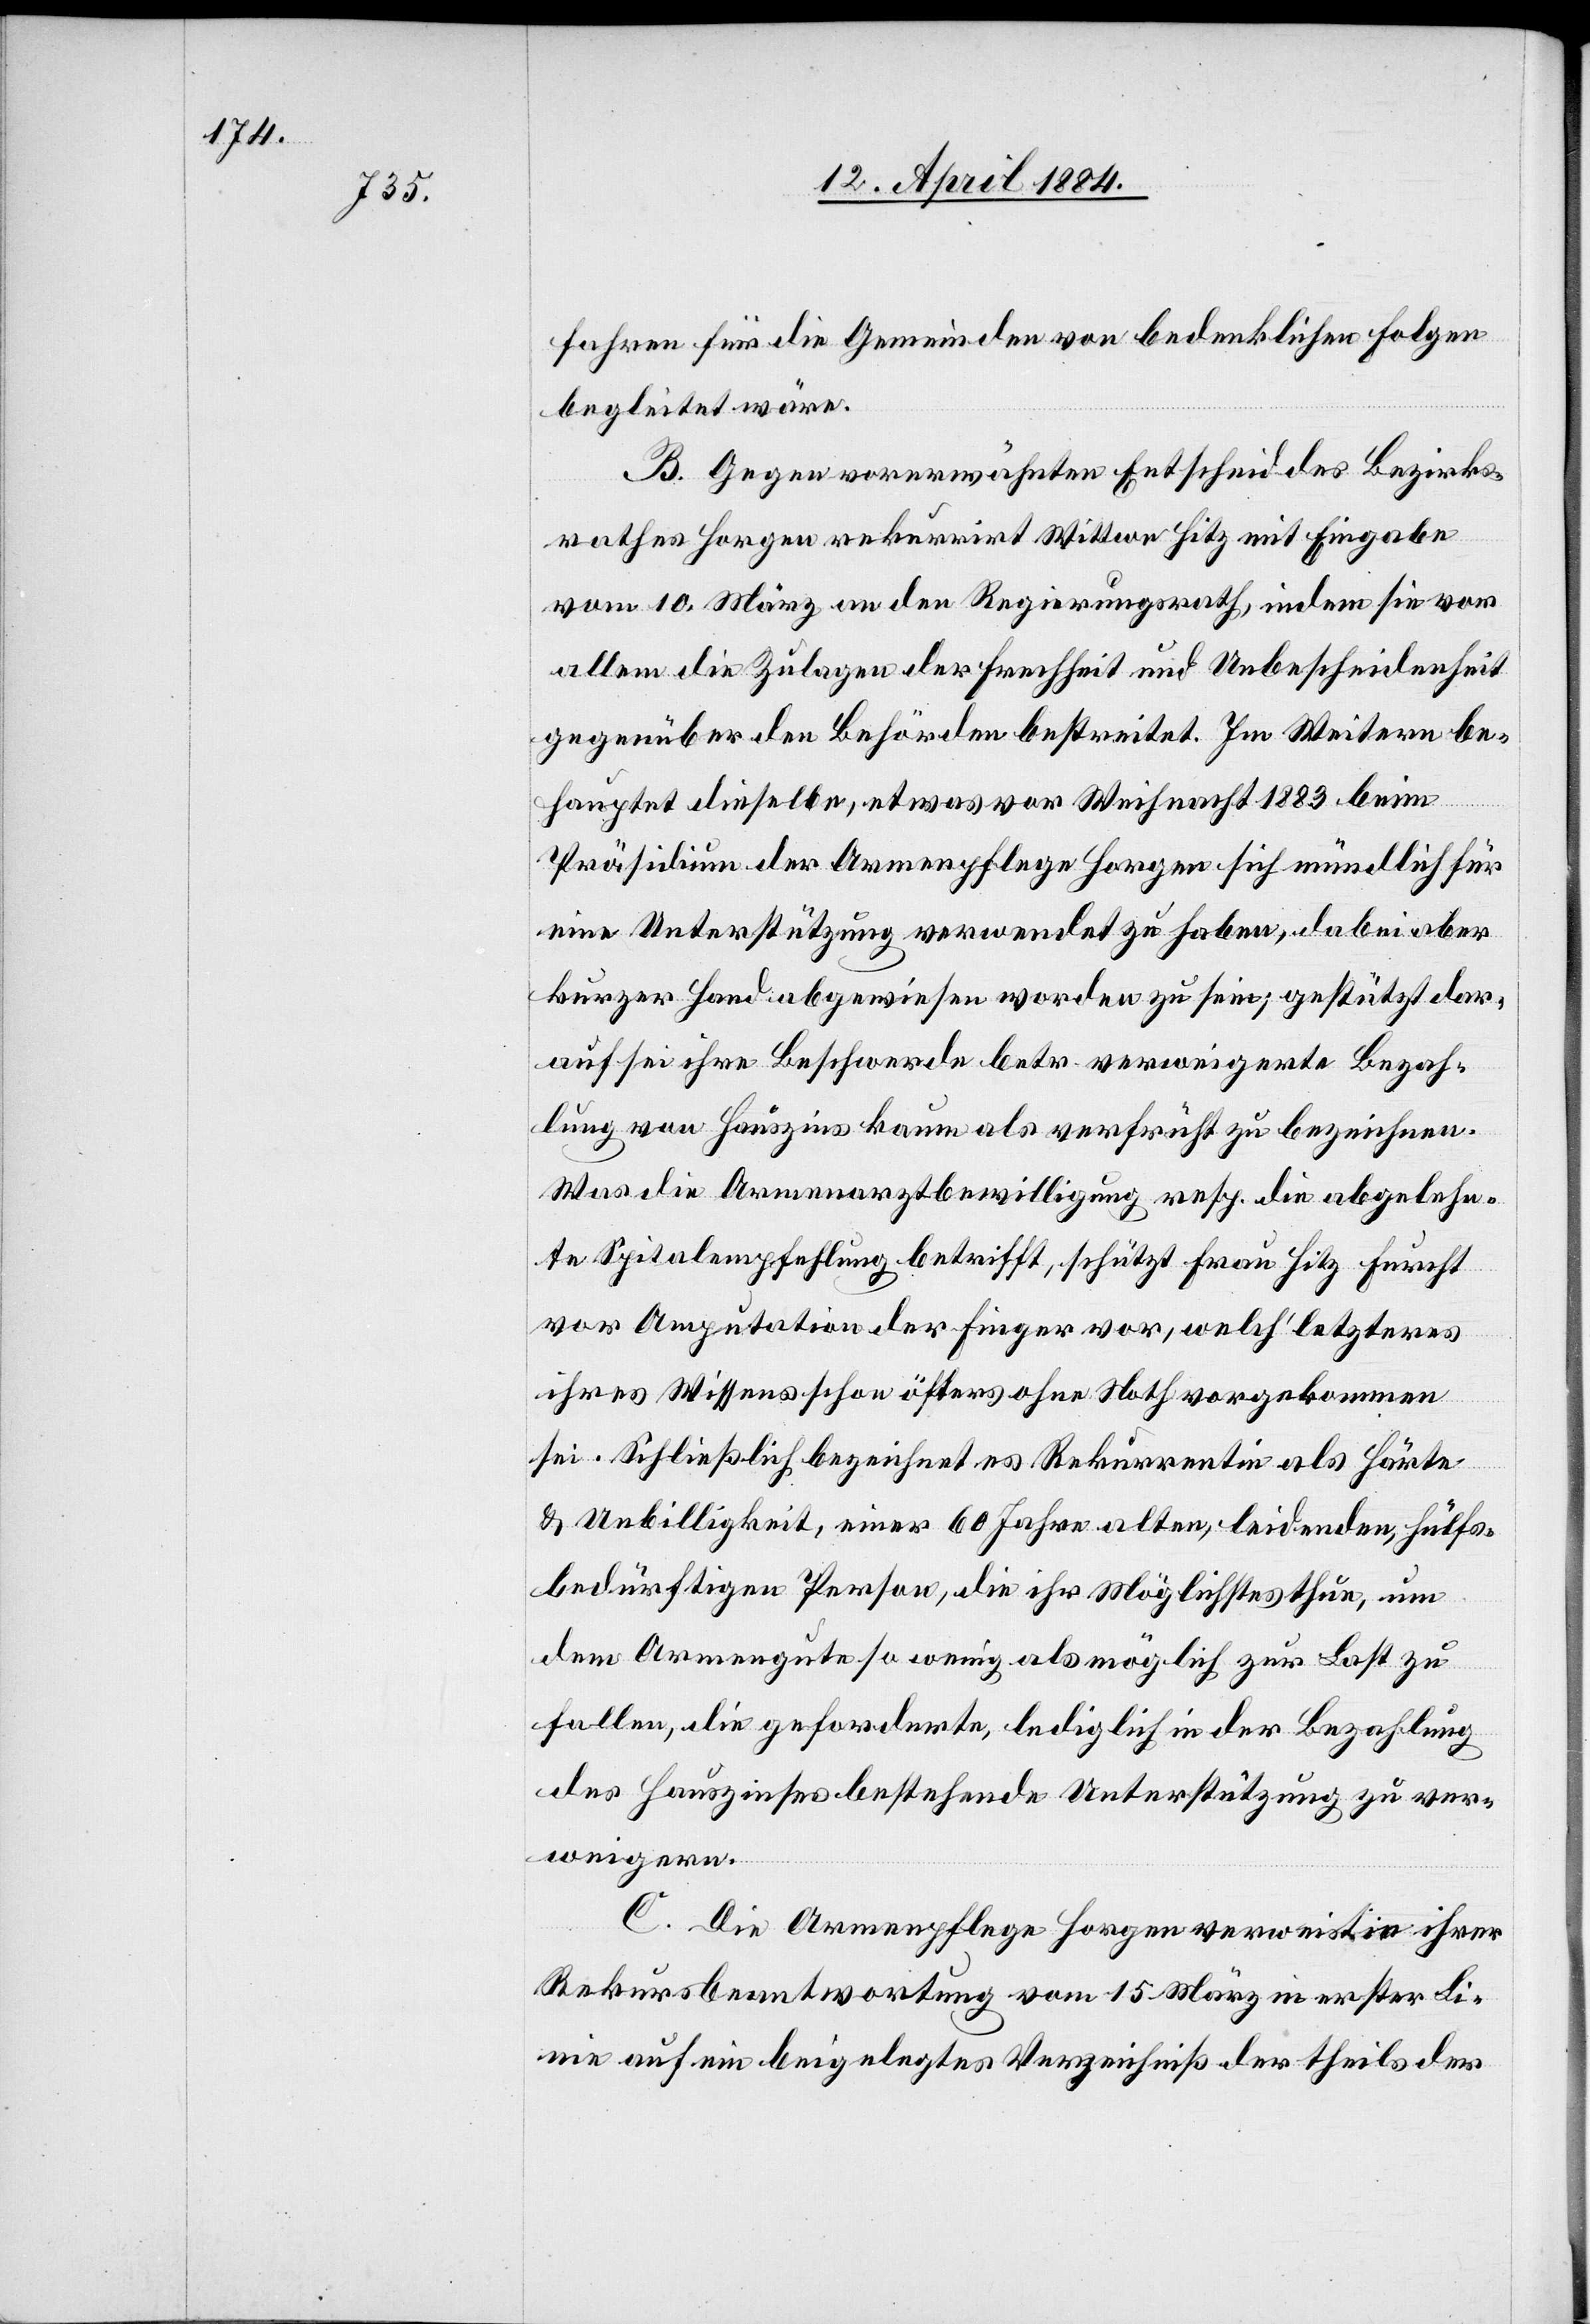
fahren für die Gemeinden von bedenklichen Folgen
begleitet wäre.
B. Gegen vorerwähnten Entscheid des Bezirks¬
rathes Horgen rekurrirt Wittwe Hitz mit Eingabe
vom 10. März an den Regierungsrath, indem sie vor
allem die Zulagen der Frechheit und Unbescheidenheit
gegenüber den Behörden bestreitet. Im Weiteren be¬
hauptet dieselbe, etwas vor Weihnacht 1883 beim
Präsidium der Armenpflege Horgen sich mündlich für
eine Unterstützung verwendet zu haben, dabei aber
kurzer Hand abgewiesen worden zu sein; gestützt dar¬
auf sei ihre Beschwerde betr. verweigerte Bezah¬
lung von Hauszins kaum als verfrüht zu bezeichnen.
Was die Armenarztbewilligung resp. die abgelehn¬
te Spitalempfehlung betrifft, schützt Frau Hitz Furcht
vor Amputation der Finger vor, welch‘ letzteres
ihres Wissens schon öfters ohne Noth vorgekommen
sei. Schließlich bezeichnet es Rekurrentin als Härte
& Unbilligkeit, einer 60 Jahre alten, leidenden, hülfs¬
bedürftigen Person, die ihr Möglichstes thue, um
dem Armengute so wenig als möglich zur Last zu
fallen, die geforderte, lediglich in der Bezahlung
des Hauszinses bestehende Unterstützung zu ver¬
weigern.
C. Die Armenpflege Horgen verweist in ihrer
Rekursbeantwortung vom 15. März in erster Li¬
nie auf ein beigelegtes Verzeichniß der theils der